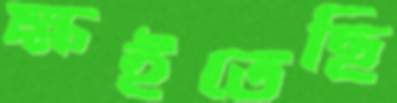
ক্ষইতেছি